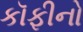
કૉફીનો